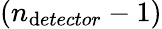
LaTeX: (n_{\mathrm{d}etector}-1)